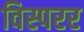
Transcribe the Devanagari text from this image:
विस्परर